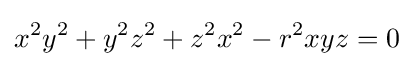
x^{2}y^{2}+y^{2}z^{2}+z^{2}x^{2}-r^{2}xyz=0